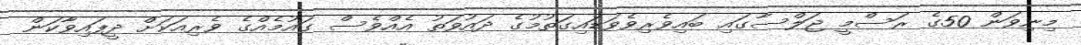
މިނިވަން 50ގެ ރަސްމީ ޖަލްސާގައި ބައިވެރިވެވަޑައިގަތުމުގެ ދައުވަތު އެއްވެސް ގައުމެއްގެ ވެރިއަކަށް ދީފައިވާކަން